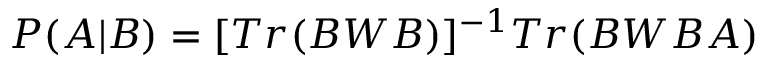
P ( A | B ) = [ T r ( B W B ) ] ^ { - 1 } T r ( B W B A )